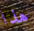
هذا